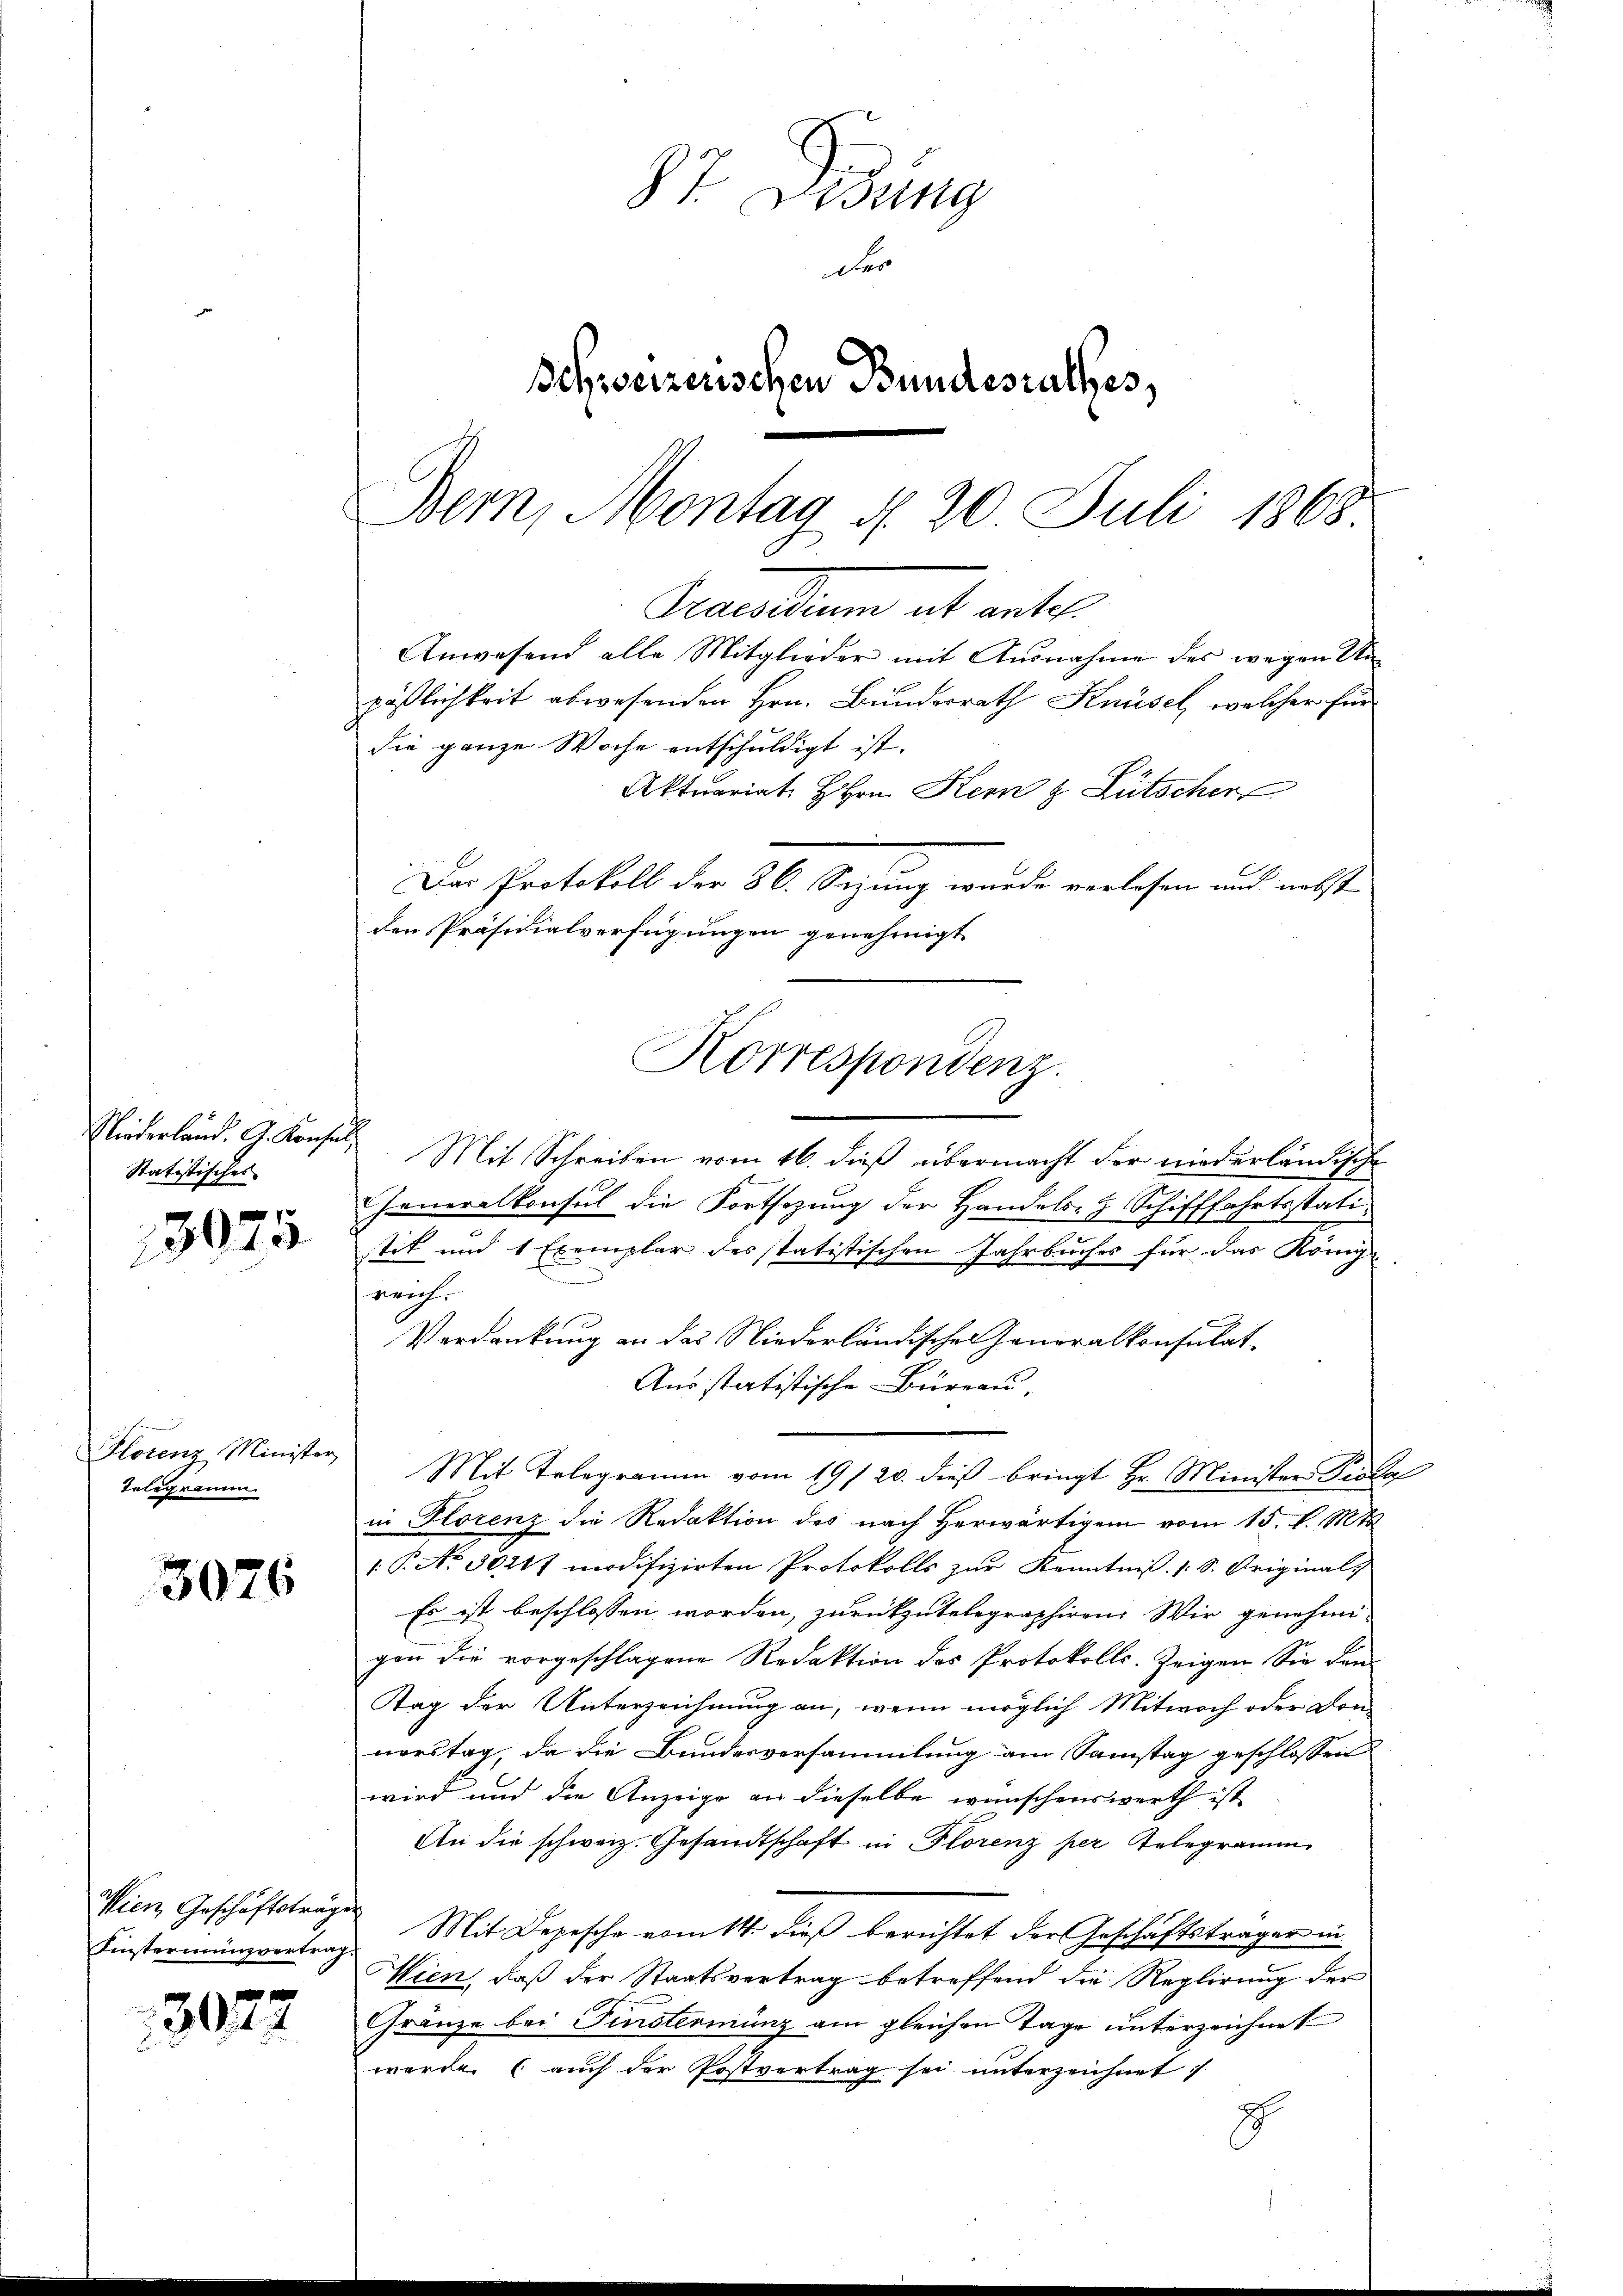
Niederland. G. Konsul
Statistisches
3075

u
Hlotenz Minister
Telegramm

3076

Wien Geschäftsträgen
Einsteriungvertrag.

3022

87. Dezung
der
Schweizerischen Bundesrathes,
Bern, Montag d. 20. Juli 1868

Semmelten ab anter¬
Anwesend alle Mitglieder mit Ausnahme des wegen Unpäßlichkeit abwesenden Hrn. Bundesrath Knüsel, welcher für
die ganze Woche entschuldigt ist.
Aktuariat HHrn Kern & Lütscher
Das Protokoll der 86. Sizung wurde verlesen und nebst
den Präsidialverfügungen genehmigt
Korrespondenz.

Mit Schreiben vom 16. dieß übermacht der niederländische
Generalkonsul die Fortsezung der Handels- & Schifffahrtsstatistik und 1 Exemplar des statistischen Jahrbuches für das König
u
reich
Verdankung an das Niederländischen Generalkonsulat
Ausstatistische Büreau,
Mit Telegramm vom 19/20. dieß bringt Hr. Minister Pioda
in Florenz die Redaktion des nach herwärtigen vom 15. d. Mts
1 P. No. 30217 modifizirten Protokolls zur Kenntnis. 1 S. Original-
Es ist beschlossen worden, zurückzutelegraphiren. Wir genehmigen die vorgeschlagene Redaktion des Protokolls-Zeigen Sie den
Tag der Unterzeichnung an, wenn möglich Mitwoch oder Donnorstag, da die Bundesversammlung am Samstag geschlossen
wird und die Anzeige an dieselbe wünschenswerth ist
An die schweiz. Gesandtschaft in Florenz per Telegramm
Mit Depesche vom 14. dieß berichtet der Geschäftsträger in
Wien, daß der Staatsvertrag betreffend die Reglirung der
Gränze bei Finsterminz am gleichen Tage unterzeichnet
werde (auch der Postvertrag sei unterzeichnet :
E